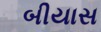
બીયાસ